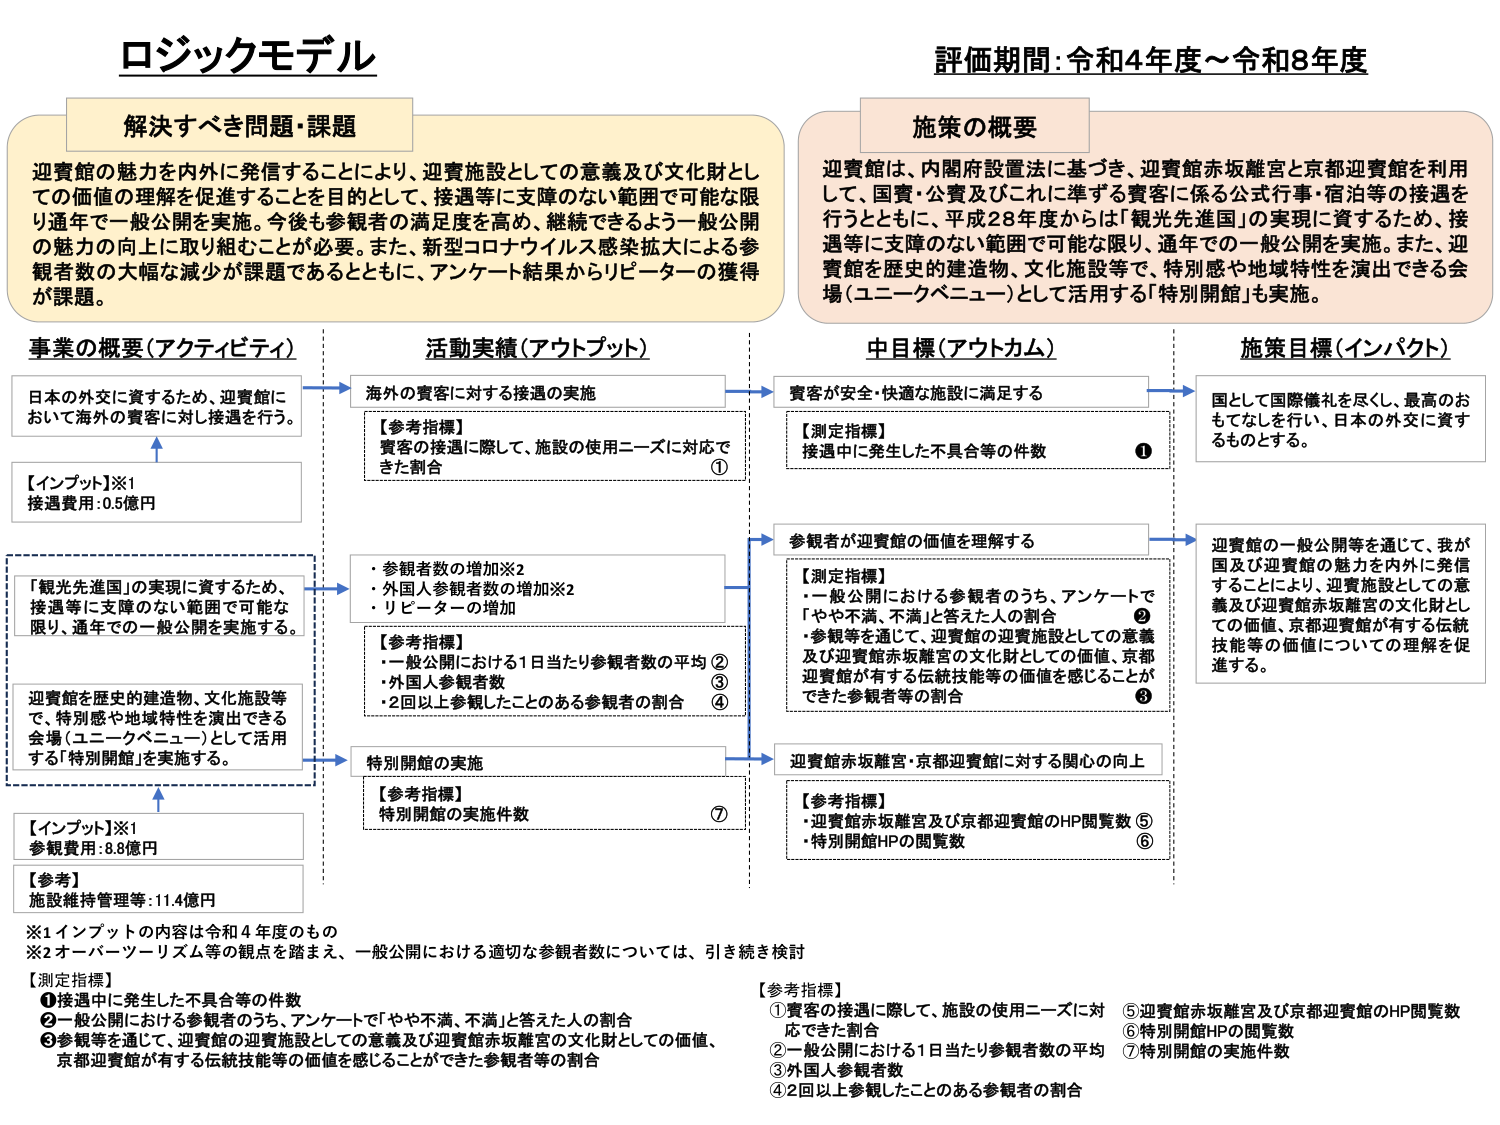
ロジックモデル

解決すべき問題・課題
迎賓館の魅力を内外に発信することにより、迎賓施設としての意義及び文化財としての価値の理解を促進することを目的として、接遇等に支障のない範囲で可能な限り通年で一般公開を実施。今後も参観者の満足度を高め、継続できるよう一般公開の魅力の向上に取り組むことが必要。また、新型コロナウイルス感染拡大による参観者数の大幅な減少が課題であるとともに、アンケート結果からリピーターの獲得が課題。

評価期間：令和4年度～令和8年度

施策の概要
迎賓館、内閣府設置法に基づき、迎賓館赤坂離宮と京都迎賓館を利用して、国賓・公賓及びこれに準ずる賓客に係る公式行事・宿泊等の接遇を行うとともに、平成28年度からは「観光先進国」の実現に資するため、接遇等に支障のない範囲で可能な限り、通年での一般公開を実施。また、迎賓館を歴史的建造物、文化施設等で、特別感や地域特性を演出できる会場（ユニークベニュー）として活用する「特別開館」も実施。

事業の概要（アクティビティ）
日本の外交に資するため、迎賓館において海外の賓客に対し接遇を行う。
【インプット】※1
接遇費用：0.5億円

「観光先進国」の実現に資するため、接遇等に支障のない範囲で可能な限り、通年での一般公開を実施する。
迎賓館を歴史的建造物、文化施設等で、特別感や地域特性を演出できる会場（ユニークベニュー）として活用する「特別開館」を実施する。
【インプット】※1
参観費用：8.8億円
【参考】
施設維持管理等：11.4億円

活動実績（アウトプット）
海外の賓客に対する接遇の実施
【参考指標】
賓客の接遇に際して、施設の使用ニーズに対応できた割合 ①

・参観者数の増加※2
・外国人参観者数の増加※2
・リピーターの増加
【参考指標】
・一般公開における1日当たり参観者数の平均 ②
・外国人参観者数 ③
・2回以上参観したことのある参観者の割合 ④

特別開館の実施
【参考指標】
特別開館の実施件数 ⑦

中目標（アウトカム）
賓客が安全・快適な施設に満足する
【測定指標】
接遇中に発生した不具合等の件数 ①

参観者が迎賓館の価値を理解する
【測定指標】
・一般公開における参観者のうち、アンケートで「やや不満、不満」と答えた人の割合 ②
・参観等を通じて、迎賓館の迎賓施設としての意義及び迎賓館赤坂離宮の文化財としての価値、京都迎賓館が有する伝統技能等の価値を感じることができた参観者等の割合 ③

迎賓館赤坂離宮・京都迎賓館に対する関心の向上
【参考指標】
・迎賓館赤坂離宮及び京都迎賓館のHP閲覧数 ⑤
・特別開館HPの閲覧数 ⑥

施策目標（インパクト）
国として国際儀礼を尽くし、最高のおもてなしを行い、日本の外交に資するものとする。
迎賓館の一般公開等を通じて、我が国及び迎賓館の魅力を内外に発信することにより、迎賓施設としての意義及び迎賓館赤坂離宮の文化財としての価値、京都迎賓館が有する伝統技能等の価値についての理解を促進する。

※1 インプットの内容は令和4年度のもの
※2 オーバーツーリズム等の観点を踏まえ、一般公開における適切な参観者数については、引き続き検討

【測定指標】
① 接遇中に発生した不具合等の件数
② 一般公開における参観者のうち、アンケートで「やや不満、不満」と答えた人の割合
③ 参観等を通じて、迎賓館の迎賓施設としての意義及び迎賓館赤坂離宮の文化財としての価値、京都迎賓館が有する伝統技能等の価値を感じることができた参観者等の割合

【参考指標】
① 賓客の接遇に際して、施設の使用ニーズに対応できた割合
② 一般公開における1日当たり参観者数の平均
③ 外国人参観者数
④ 2回以上参観したことのある参観者の割合
⑤ 迎賓館赤坂離宮及び京都迎賓館のHP閲覧数
⑥ 特別開館HPの閲覧数
⑦ 特別開館の実施件数